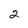
Character: 2